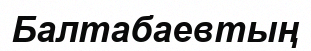
Балтабаевтың